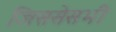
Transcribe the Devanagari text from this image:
जिससेसभी